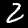
Label: 2